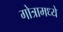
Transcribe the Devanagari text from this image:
गोत्रामध्ये